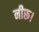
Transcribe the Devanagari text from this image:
नीरू।